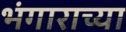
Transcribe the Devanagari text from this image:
भंगाराच्या